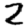
Digit: 2